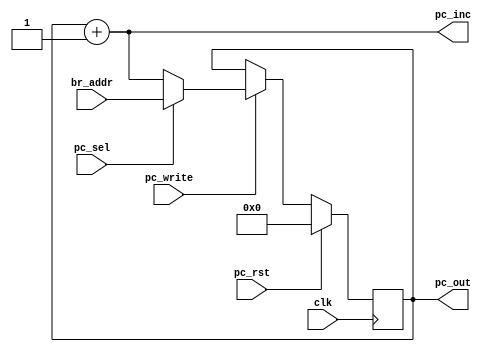
// ECE:3350 SISC processor project
// program counter

`timescale 1ns/100ps

module pc (clk, br_addr, pc_sel, pc_write, pc_rst, pc_out, pc_inc);

  /*
   *  PROGRAM COUNTER - pc.v
   *
   *  Inputs:
   *   - clk: System clock; positive edge active
   *   - br_addr (16 bits): The branch address computed by the br module.
   *   - pc_sel: This control bit tells the pc module whether to save the branch
   *        address (pc_sel = 1) or PC+1 (pc_sel = 0) to the program counter.
   *   - pc_write: When this control bit changes to 1, the selected value (either
   *        the branch address or PC+1) is saved to pc_out and held there until
   *        the next time pc_en is set to 1.
   *   - pc_rst: This resets the program counter to 0x0000 when set to 1.
   *
   *  Outputs:
   *   - pc_out (16 bits): This is the current value of the program counter, to
   *        be used in the instruction memory (im.v) module.
   *   - pc_inc (16 bits): Always equal to PC+1, used in calculating relative
   *        branch addresses in br.v, and also used internally to increment PC
   *        during non-branch instructions.
   *
   */

  input         clk;
  input  [15:0] br_addr;
  input         pc_sel;
  input         pc_write;
  input         pc_rst;
  output [15:0] pc_out;
  output [15:0] pc_inc;

  reg    [15:0] pc_in;
  reg    [15:0] pc_out;
  wire   [15:0] pc_inc;
 
  // program counter latch
  always @(posedge clk)
  begin
    if (pc_rst == 1'b1)
      pc_out <= 16'h0000;
    else
      if (pc_write == 1'b1)
        pc_out <= pc_in;
  end
  
  always @(br_addr, pc_inc, pc_sel)
  begin
    if (pc_sel == 1'b0)
      pc_in <= pc_inc;
    else
      pc_in <= br_addr;
  end

  assign pc_inc = pc_out + 1;

endmodule